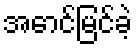
အောင်မြင်ခဲ့